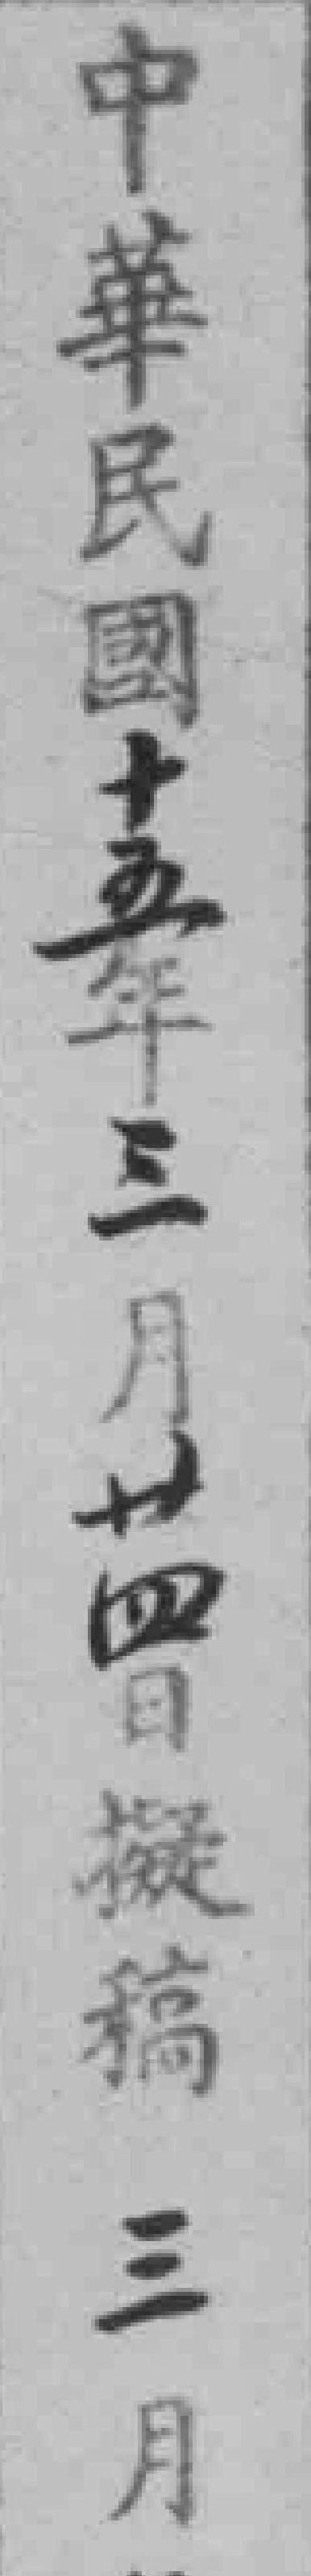
中華民國十五年三月廿四日擬稿三月